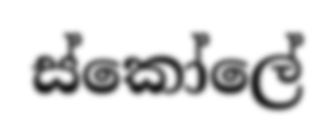
ස්කෝලේ